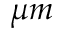
\mu m